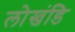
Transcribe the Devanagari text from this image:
लोखंडि